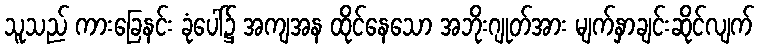
သူသည် ကားခြေနင်း ခုံပေါ်၌ အကျအန ထိုင်နေသော အဘိုးဂျုတ်အား မျက်နှာချင်းဆိုင်လျက်